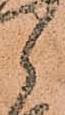
郎